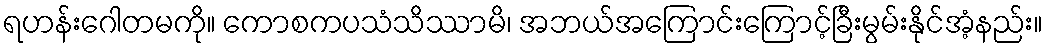
ရဟန်းဂေါတမကို။ ကောစကပသံသိဿာမိ၊ အဘယ်အကြောင်းကြောင့်ခြီးမွမ်းနိုင်အံ့နည်း။